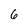
Character: 6